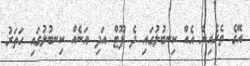
އޭގެ ތެރެއިން އެއް ކިނބުލުގައި ދެ ފޫޓް އަދި އަނެއް ކިނބުލުގައި ހަތަރު